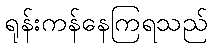
ရုန်းကန်နေကြရသည်